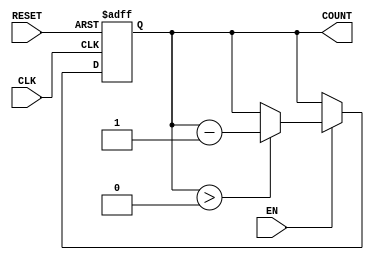
module decremental_counter (
    input wire CLK,          // Clock signal
    input wire RESET,        // Asynchronous reset signal
    input wire EN,          // Enable signal
    output reg [3:0] COUNT  // 4-bit output for the current count value
);

// Parameter for the initial value
parameter INITIAL_VALUE = 4'b1111; // Example initial value (15 in decimal)

always @(posedge CLK or posedge RESET) begin
    if (RESET) begin
        COUNT <= INITIAL_VALUE; // Reset to initial value
    end else if (EN) begin
        if (COUNT > 0) begin
            COUNT <= COUNT - 1; // Decrement the counter
        end
        // If COUNT is already 0, it remains at 0
    end
    // If EN is low, COUNT holds its value
end

endmodule